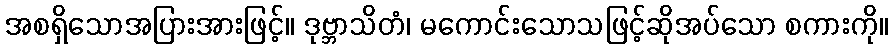
အစရှိသောအပြားအားဖြင့်။ ဒုဗ္ဘာသိတံ၊ မကောင်းသောသဖြင့်ဆိုအပ်သော စကားကို။